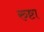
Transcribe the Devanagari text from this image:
रुष्टा